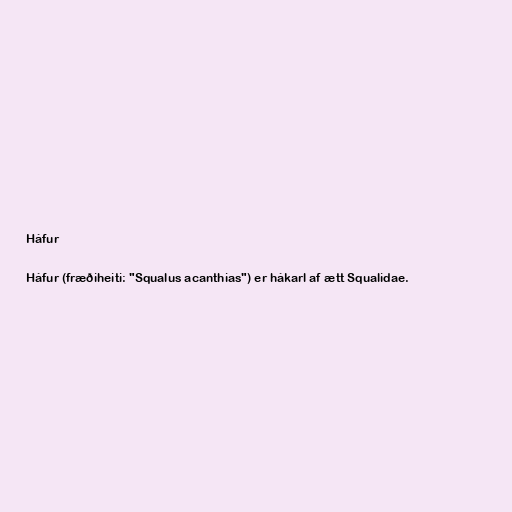
Háfur

Háfur (fræðiheiti: "Squalus acanthias") er hákarl af ætt Squalidae.